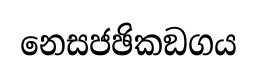
නෙසජඡිකඞගය